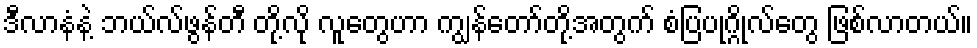
ဒီလာနံနဲ့ ဘယ်လ်ဖွန်တီ တို့လို လူတွေဟာ ကျွန်တော်တို့အတွက် စံပြပုဂ္ဂိုလ်တွေ ဖြစ်လာတယ်။